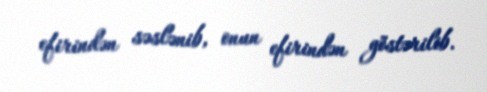
efirindən səslənib, onun efirindən göstərilib.